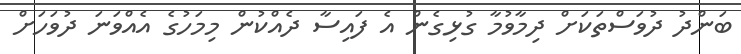
ބަންދު ދުވަސްތަކަށް ދިމާވުމާ ގުޅިގެން އެ ފައިސާ ދެއްކުން މިމަހުގެ އެއްވަނަ ދުވަހަށް